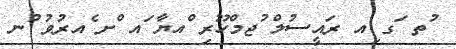
ުތ ަގ ިއ ރައީސުލް ުޖމްހޫރި ްއޔާ ައ ްށ ެއރުވު ުނ